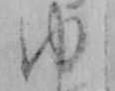
ゆ